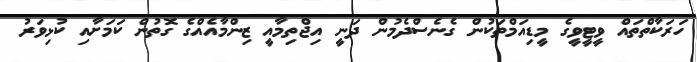
ހަރަކާތްތައް ވީޓީވީގެ މީޑިއަމްތަކުން ގެނެސްދެމުން ދަނީ އިޖްތިމާއީ ޒިންމާއެއްގެ ގޮތުން ކަމަށާއި ކުޅިވަރު